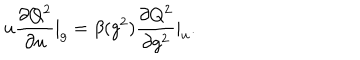
LaTeX: u \frac { \partial Q ^ { 2 } } { \partial u } | _ { g } = \beta ( g ^ { 2 } ) \frac { \partial Q ^ { 2 } } { \partial g ^ { 2 } } | _ { u } .